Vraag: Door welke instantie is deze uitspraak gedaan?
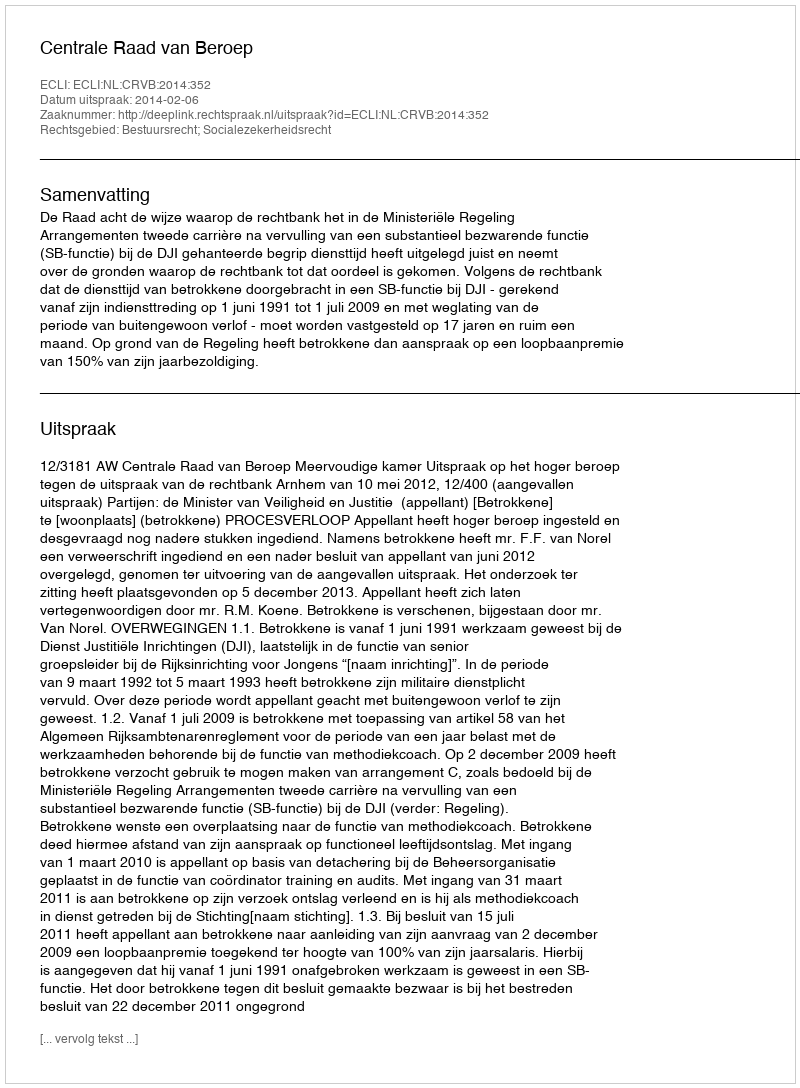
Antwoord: Centrale Raad van Beroep